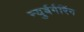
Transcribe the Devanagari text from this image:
न्युर्बर्गरिंग